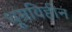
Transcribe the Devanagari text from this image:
धूम्रविहीन